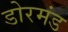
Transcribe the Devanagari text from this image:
डोरमंड